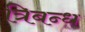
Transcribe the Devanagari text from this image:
त्रिबन्ध